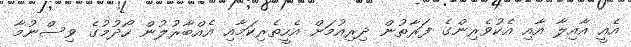
އެއީ އާއިލާ އާއި އެކުވެރިންގެ ފަރާތުން ދިރިއުމަށް އެހީތެރިކަމާއި އެއްބާރުލުން ހޯދުމުގެ ވިސްނުމާ